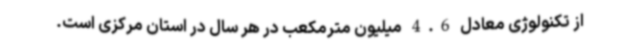
از تکنولوژی معادل 4.6 میلیون مترمکعب در هر سال در استان مرکزی است.